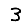
Digit: 3